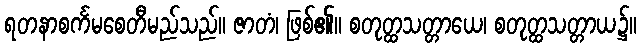
ရတနာစင်္ကမစေတီမည်သည်။ ဇာတံ၊ ဖြစ်၏။ စတုတ္ထသတ္တာယေ၊ စတုတ္ထသတ္တာယ၌။